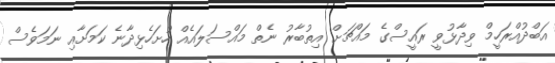
އަބްދުއްރަހީމް ވިދާޅުވީ ރައީސްގެ މައްޗަށް އިތުބާރު ނެތް މައްސަލައެއް ހުށަހެޅިދާނެ ކަމަށާއި ނަމަވެސް